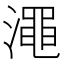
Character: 澠